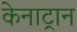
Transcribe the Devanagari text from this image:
केनाट्रान